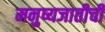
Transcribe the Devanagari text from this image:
मनुष्यजातीची